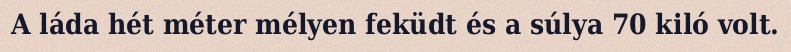
A láda hét méter mélyen feküdt és a súlya 70 kiló volt.